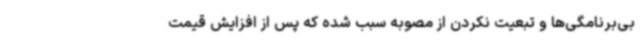
بی‌برنامگی‌ها و تبعیت نکردن از مصوبه سبب شده که پس از افزایش قیمت